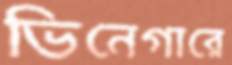
ভিনেগারে